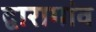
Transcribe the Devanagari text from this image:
द्वारागांव